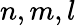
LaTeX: n,m,l